Vital statistics of India. Vol. IV, Annual returns from 1871 to 1876. British Army of India, Native Army and jails of Bengal
Year: 1871
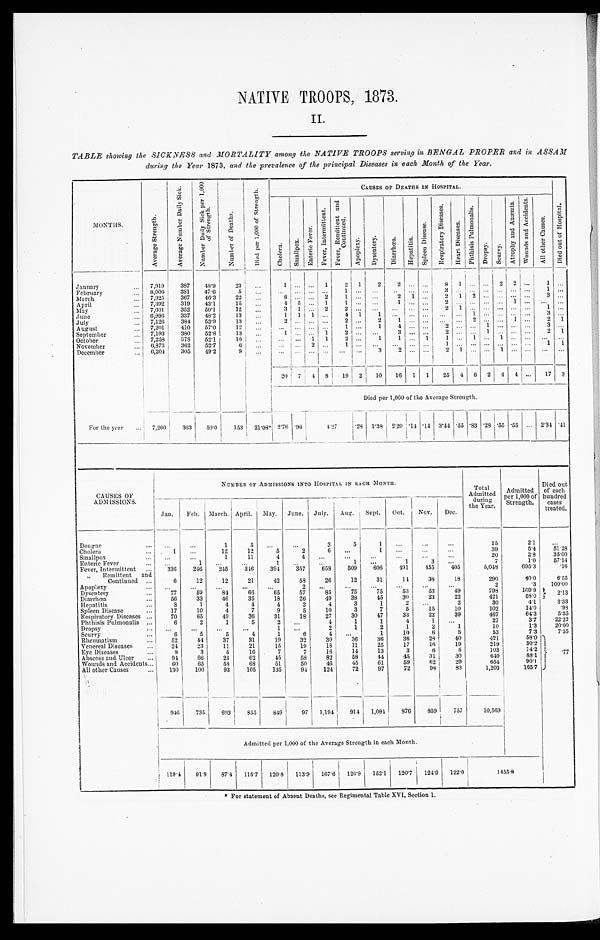
NATIVE TROOPS, 1873.
II.
TABLE showing the SICKNESS and MORTALITY among the NATIVE TROOPS serving in BENGAL PROPER and in ASSAM
during the Year 1873, and the prevalence of the principal Diseases in each Month of the Year.
M O N T H S .
A v e r a g e S t r e n g t h .
A v e r a g e N u m b e r D a i l y S i c k .
N u m b e r D a i l y S i c k p e r 1 , 0 0 0 o f S t r e n g t h .
N u m b e r o f D e a t h s .
D i e d p e r 1 , 0 0 0 o f S t r e n g t h .
CAUSES OF DEATHS IN HOSPITAL.
C h o l e r a .
S m a l l p o x .
E n t e r i c F e v e r .
F e v e r , I n t e r mi t t e n t .
F e v e r , R e m i t t e n t a n d c o n t i n u e d .
A p o p l e x y .
D y s e n t e r y .
D i a r r h œ a .
H e p a t i t i s . S p l e e n D i s e a s e s .
R e s p i r a t o r y D i s e a s e s .
H e a r t D i s e a s e s .
P h t h i s i s P u l m o n a l i s .
Dr ops y. Scur vy.
A t r o p h y a n d A n æ m i a .
W o u n d s a n d A c c i d e n t s .
A l l o t h e r C a u s e s .
D i e d o u t o f H o s p i t a l .
January . . .
7,919
387
48.9
23
. . .
1
. . .
. . .
1
2 1
2
2
. . . . . .
8 1
. . .
. . .
2 2
. . .
1
. . .
February . . .
8,006 381
47.6
5
. . .
. . .
. . .
. . . . . .
1
. . .
. . .
. . .
. . . . . .
3
. . .
. . . . . . . . .
. . . . . .
1 . . .
M a r c h . . . 7,925
367
46.3
22
. . .
8
. . .
. . .
2
1
. . .
. . .
2 1
. . .
2 1 2 . . . . . .
. . .
. . .
3
. . .
April . . . 7,392
319
43.1
15
. . .
4 5
. . . 1
1
. . .
. . .
1
. . . . . .
2
. . .
. . .
. . . . . .
1 . . .
. . .
. . .
May . . . 7,031
352
50.1
12
. . .
3 1
. . . 2
2
. . .
. . .
. . .
. . . . . .
2 1
. . .
. . . . . .
. . .
. . .
1
. . .
June . . . 6,996
337
48.2
13
. . .
1
1 1 . . .
4
1
1
. . .
. . . . . .
. . .
. . .
1 . . . . . .
. . .
. . .
3
. . .
July . . . 7,126
384
53.9
13
. . .
2
. . .
. . .
. . .
2
. . . 2
1
. . . . . .
. . .
. . . 2 . . . . . .
1 . . .
2 1
August . . . 7,201
410
57.0
12
. . .
. . .
. . . . . . . . .
1
. . .
1
4
. . . . . .
2
. . .
. . .
1 . . .
. . .
. . .
3
. . .
September . . . 7,193
380
52.8
13
. . .
1
. . .
. . . 1
2
. . .
. . .
3
. . . . . .
2
. . .
. . . 1 . . .
. . .
. . .
2 1
October . . . 7,258
378
52.1
10
. . .
. . . . . .
1 1
2
. . .
1
1
. . . 1
1
. . .
1 . . .1
. . .
. . .
. . .
. . .
November . . . 6,873
3 6 2 52.7
6
. . .
. . . . . .
2 . . .
1
. . .
. . .
. . . . . . . . .
1
. . .
. . .
. . .
. . .
. . .
. . .
1 1
December . . . 6,204
3 0 5 49.2
9
. . .
. . .
. . .
. . . . . .
. . .
. . .
3
2
. . . . . .
2
1
. . .
. . . 1
. . .
. . .
. . .
. . .
20
7
4 8
19
2
10
16 1 1
25 4
6
2 4 4 . . .
17 3
Died per 1,000 of the Average Strength.
For the year . . . 7,260
363
50.0
153
21.08* 2.76 .96
4.27
.28 1.38 2.20 .14 .14 3.44
. 5 5 .83 .28 .55 .55 . . . 2.34 .41
CAUSES OF
ADMISSIONS.
NUMBER OF ADMISSIONS INTO HOSPITAL IN EACH MONTH.
Total
Admitted
durin
g the Year.
Admitted
per 1,000 of
Strength.
Died out
of each
hundred
cases
treated.
Jan.
Feb. March. April. May. June. July.
Aug.
Sept.
Oct.
Nov.
Dec.
Dengue . . .
. . .
. . .
1
5
. . .
. . .
3
5
1
. . .
. . .
. . .
15
2.1
. . .
Cholera . . .
1
. . .
12
12
5
2
6
. . .
1
. . .
. . .
. . .
39
5.4
51.28
Smallpox . . .
. . .
. . .
1
11
4
4
. . .
. . .
. . .
. . .
. . .
. . .
20
2.8
35.00
Enteric Fever . . .
. . .
1
. . .
. . .
1
. . .
. . .
1
. . .
1
3
. . .
7
1.0
57.14
Fever, Intermittent . . .
336
246
245
346
394
357
658
509
606
491
455
405
5,048
695.3
.16
" Remittent and
Continued . . .
6
12
12
21
42
58
26
12
31
14
38
18
290
40.0
6.55
Apoplexy . . .
. . .
. . .
. . .
. . .
. . .
2
. . .
. . .
. . .
. . .
. . .
. . .
2
.3
100.00
Dysentery . . .
77
59
84
66
65
57
85
75
75
53
53
49
798
109.9 2.13
Diarrhœa . . .
56
33
46
35
18
26
49
38
45
30
23
22
421
58.0
Hepatitis . . .
3
1
4
4
4
2
4
3
1
2 . . .
2
30
4.1
3.33
Spleen Disease . . .
17
10
4
7
9
5
10
3
7
5
15
10
102
14.0
.98
Respiratory Diseases . . .
70
65
49
36
31
18
27
30
47
33
22
39
467
64.3
5.35
Phthisis Pulmonalis . . .
6
2
1
5
2
. . .
4
1
1
4
1
. . .
27
3.7
22.22
Dropsy . . .
. . .
. . .
. . .
. . .
1
. . .
2
1
2
1
2
1
10
1.3
20.00
Scurvy . . .
6
5
5
4
1
6
4
. . .
1
10
6
5
53
7.3
7.55
Rheumatism . . .
52
44
37
31
19
32
30
36
36
36
28
40
421
58.0
. 7 7
Venereal Diseases . . .
24
23
11
21
15
19
18
11
25
17
16
19
219
30.2
Eye Diseases . . .
8
3
5
16
7
7
16
14
13
3
6
5
103
14.2
Abscess and Ulcer . . .
94
66
25
62
45
58
82
58
44
45
31
30
640
88.1
Wounds and Accidents . . .
60
65
58
68
51
50
46
45
61
59
62
29
654
90.1
All other Causes . . .
130
100
93
105
135
94
124
72
97
72
98
83
1,203
165.7
946
735
693
855
849
97
1,194
914
1,094
876
859
757
10,569
Admitted per 1,000 of the Average Strength in each Month.
119.4
91.8
87.4
115.7
120.8
113.9
1 6 7 . 6
126.9
152.1
120.7
124
. 9
122.0
1 4 5 5 . 8
* For statement of Absent Deaths, see Regimental Table XVI, Section 1.